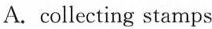
A. collecting stamps